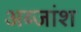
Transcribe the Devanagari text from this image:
अब्जांश